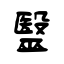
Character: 毉